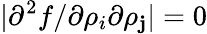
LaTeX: |\partial^{2}f/\partial\rho_{i}\partial\rho_{\mathbf{j}}|=0